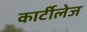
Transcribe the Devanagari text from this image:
कार्टीलेज